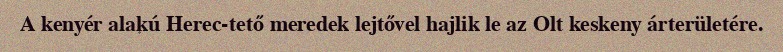
A kenyér alakú Herec-tető meredek lejtővel hajlik le az Olt keskeny árterületére.